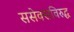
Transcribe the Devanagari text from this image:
ससेक्सविरुद्ध